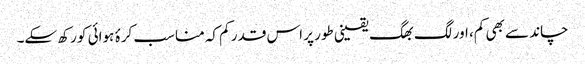
چاند سے بھی کم، اور لگ بھگ یقینی طور پر اس قدر کم کہ مناسب کرۂ ہوائی کو رکھ سکے۔